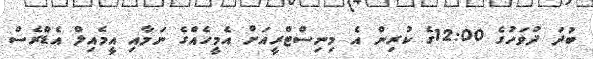
ބުދަ ދުވަހުގެ 12:00ގެ ކުރިން އެ މިނިސްޓްރީއަށް އެމީހެއްގެ ނަމާއި އީމެއިލް އެޑްރެސް